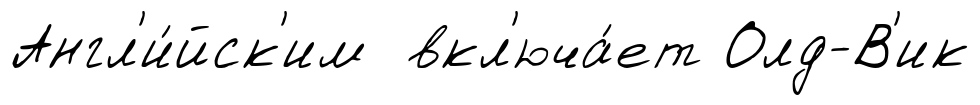
Англ'и́йск'им вкл'юча́ет Олд-В'ик